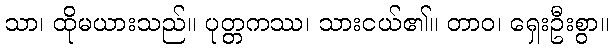
သာ၊ ထိုမယားသည်။ ပုတ္တကဿ၊ သားငယ်၏။ တာဝ၊ ရှေးဦးစွာ။